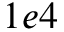
1 e 4